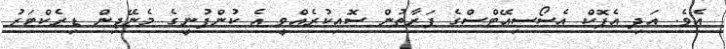
އެވެ. އަދި އެޕޮކް އެސޯސިއޭޓްސްގެ ފަރާތުން ސޮއިކުރެއްވީ އެ ކުންފުނީގެ މެނޭޖިން ޑިރެކްޓަރު